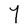
Character: Y